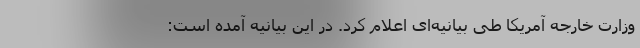
وزارت خارجه آمریکا طی بیانیه‌ای اعلام کرد. در این بیانیه آمده است: